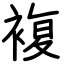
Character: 複